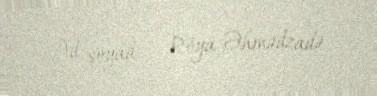
Ad, soyad — Röya Əhmədzadə